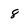
Character: 8